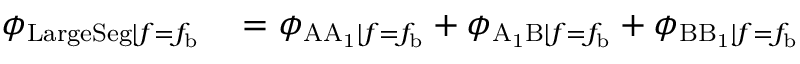
\begin{array} { r l } { \phi _ { \mathrm { L a r g e S e g } | f = f _ { \mathrm { b } } } } & { { } = \phi _ { \mathrm { A A _ { 1 } } | f = f _ { \mathrm { b } } } + \phi _ { \mathrm { A _ { 1 } B } | f = f _ { \mathrm { b } } } + \phi _ { \mathrm { B B _ { 1 } } | f = f _ { \mathrm { b } } } } \end{array}